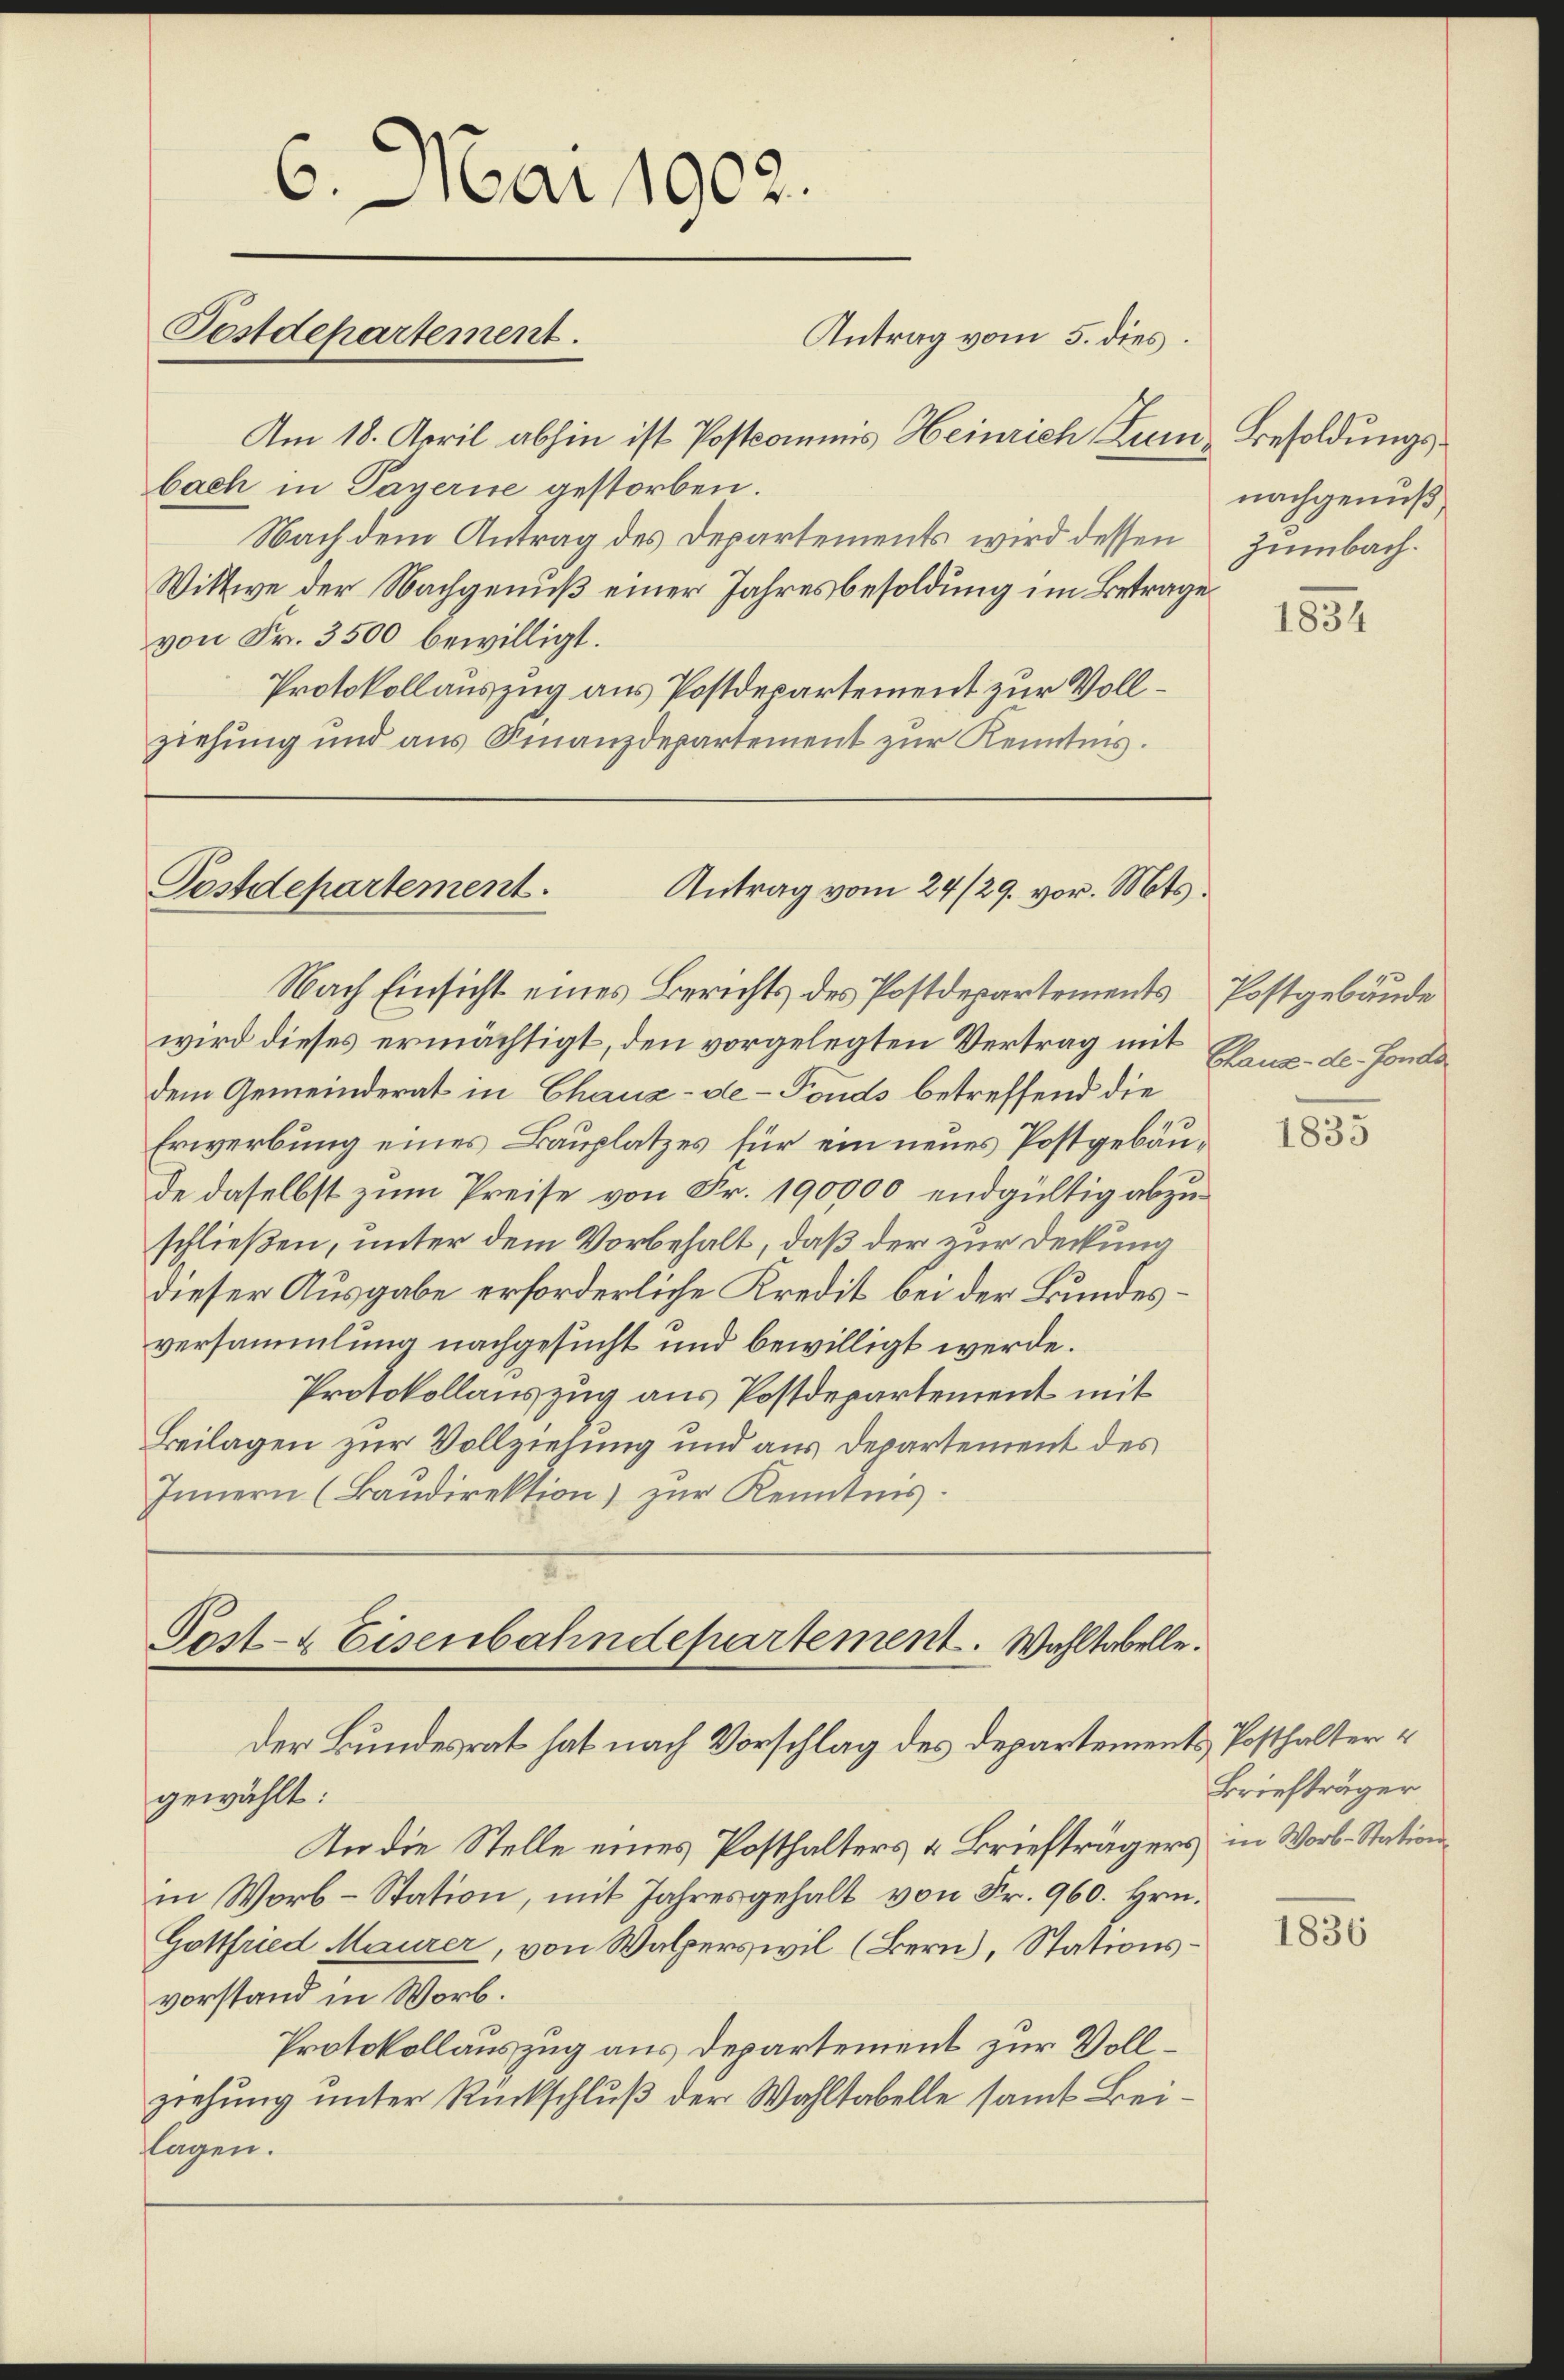
6. Mai 1902.
Postdepartement.
Antrag vom 5. dies
Am 18. April abhin ist Postcommis Heinrich Zum Besoldungs¬

Postdepartement.
Antrag vom 24/29. vor. Mts.

bach in Payerne gestorben.
Nach dem Antrag des Departements wird dessen Zumbach¬
Wittwe der Nachgenuß einer Jahresbesoldung im Betrage
von Fr. 3500 bewilligt.
Protokollauszug aus Postdepartement zur Vollziehung und aus Finanzdepartement zur Kenntnis.

Nach Einsicht eines Berichts des Postdepartements Postgebäude

wird dieses ermächtigt, den vorgelegten Vertrag mit
dem Gemeinderat in Chaux-de-Fonds betreffend die
Erwerbung eines Bauplatzes für ein neues Postgebäude daselbst zum Preise von Fr. 190000 endgültig abzuschließen, unter dem Vorbehalt, daß der zur Deckung
dieser Ausgabe erforderliche Kredit bei der Bundesversammlung nachgesucht und bewilligt werde.
Protokollauszug aus Postdepartement mit
Beilagen zur Vollziehung und aus Departement des
Innern (Baudirektion) zur Kenntnis:

Post- & Eisenbahndepartement. Wahltabelle.

der Bundesrat hat nach Vorschlag des Departements Posthaltergewählt:
In die Stelle eines Posthalters & Briefträgers in Wort-Stationin Worb-Station, mit Jahresgehalt von Fr. 960. Hrn.
Gottfried Maurer, von Walperswil (Bern), Stationsvorstand in Worb.
Protokollauszug aus Departement zur Vollziehung unter Rückschluß der Wahltabelle samt Beilagen.

nachgenuß,
1854

Chaus der Fonde

1835

Briefträger

1836